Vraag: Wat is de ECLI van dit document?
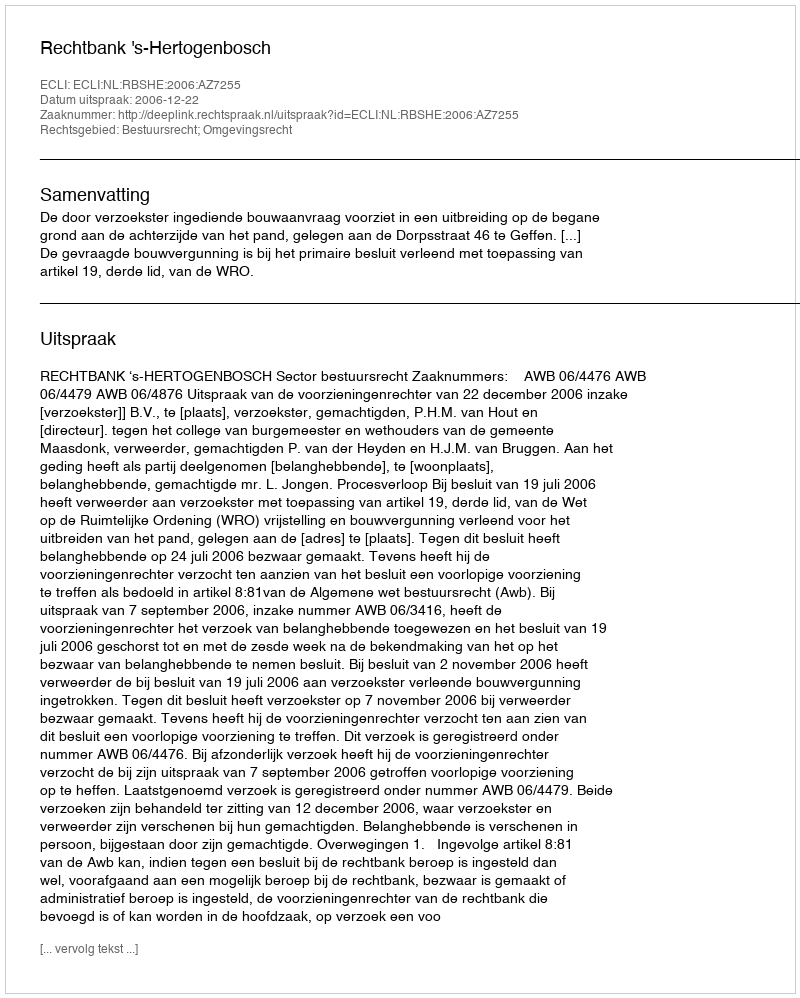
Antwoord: ECLI:NL:RBSHE:2006:AZ7255